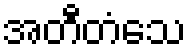
အတီတံသေ